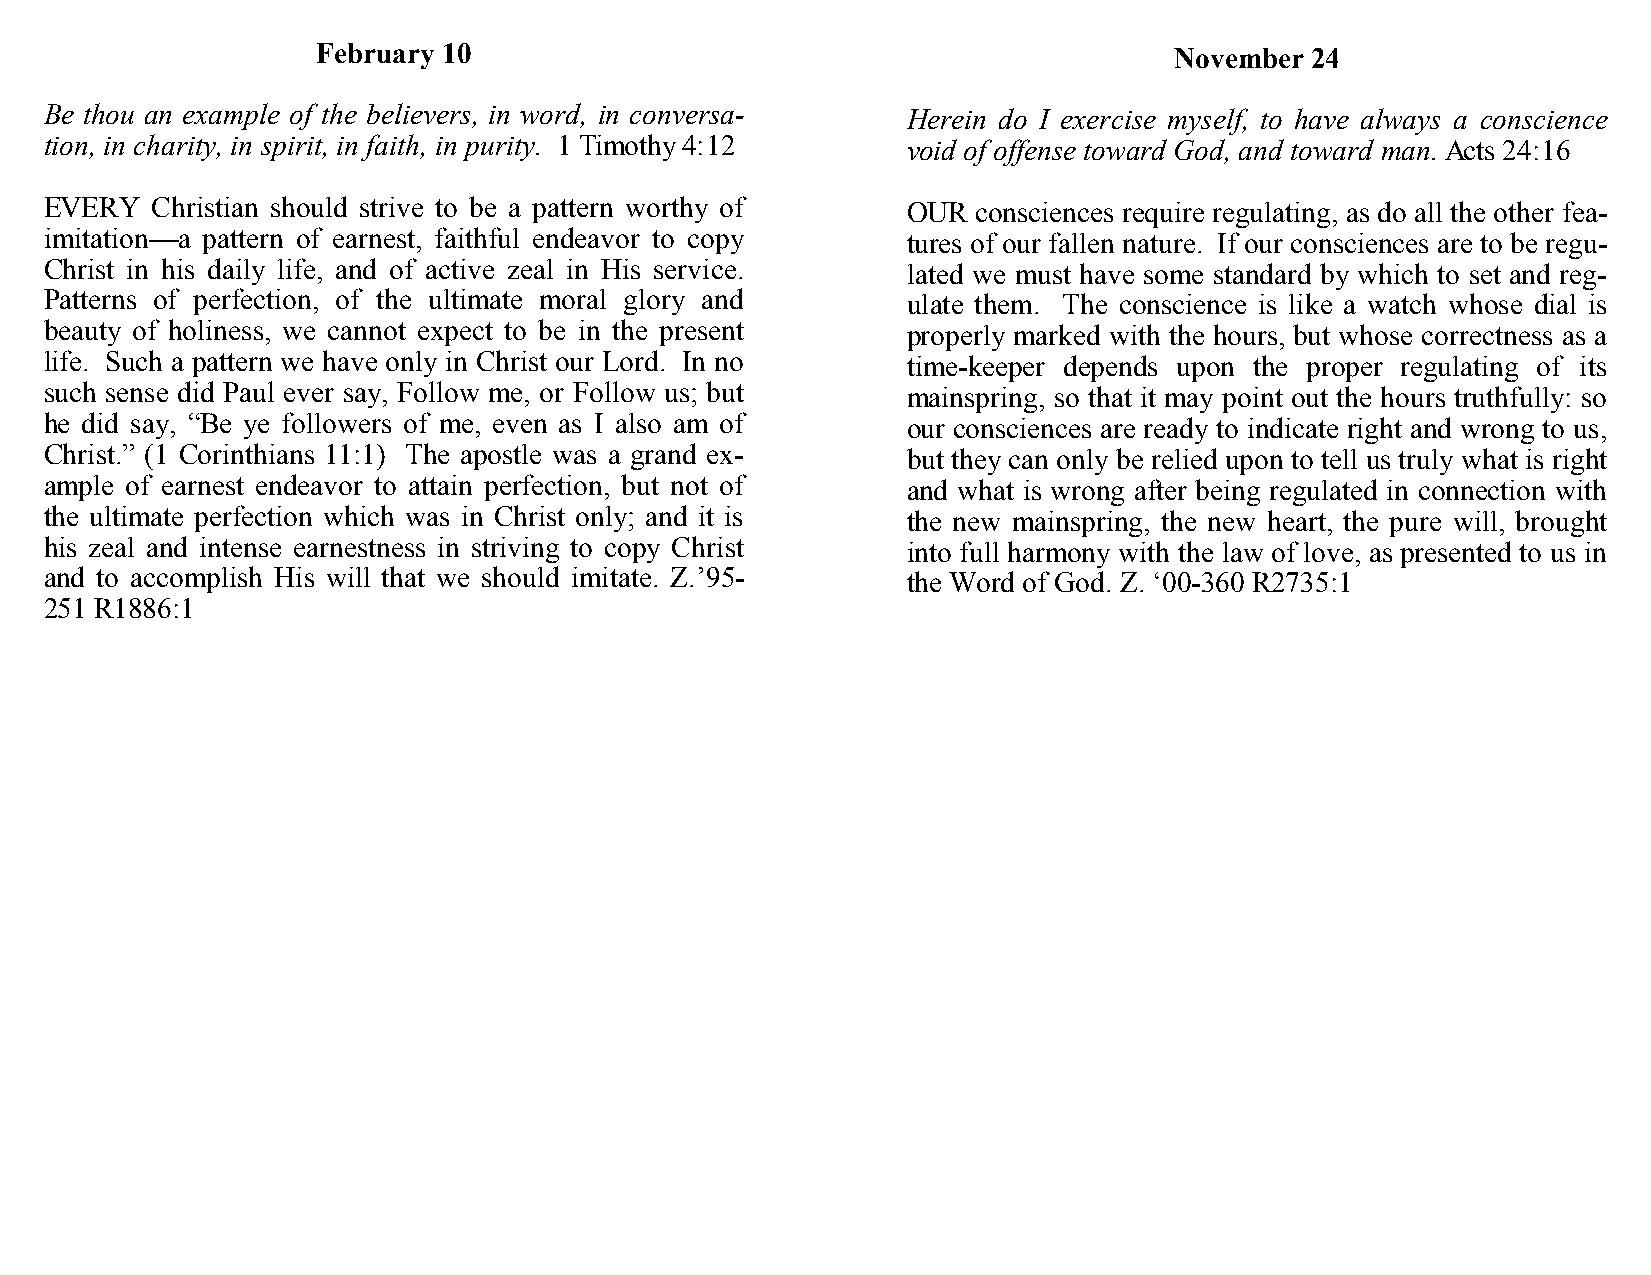
February 10                                              November 24
 Be thou an example of the believers, in word, in conversa- Herein do I exercise myself, to have always a conscience
 tion, in charity, in spirit, in faith, in purity. 1 Timothy 4:12 void of offense toward God, and toward man. Acts 24:16
 EVERY  Christian should strive to be a pattern worthy of OUR  consciences require regulating, as do all the other fea-
 imitation—a pattern of earnest, faithful endeavor to copy tures of our fallen nature. If our consciences are to be regu-
 Christ in his daily life, and of active zeal in His service. lated we must have some standard by which to set and reg-
 Patterns of perfection, of the ultimate moral glory and  ulate them. The conscience is like a watch whose dial is
 beauty of holiness, we cannot expect to be in the present properly marked with the hours, but whose correctness as a
 life. Such a pattern we have only in Christ our Lord. In no time-keeper depends upon the proper regulating of its
 such sense did Paul ever say, Follow me, or Follow us; but mainspring, so that it may point out the hours truthfully: so
 he did say, “Be ye followers of me, even as I also am of our consciences are ready to indicate right and wrong to us,
 Christ.” (1 Corinthians 11:1) The apostle was a grand ex- but they can only be relied upon to tell us truly what is right
 ample of earnest endeavor to attain perfection, but not of and what is wrong after being regulated in connection with
 the ultimate perfection which was in Christ only; and it is the new mainspring, the new heart, the pure will, brought
 his zeal and intense earnestness in striving to copy Christ into full harmony with the law of love, as presented to us in
 and to accomplish His will that we should imitate. Z.’95- the Word of God. Z. ‘00-360 R2735:1
 251 R1886:1